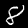
Digit: 8